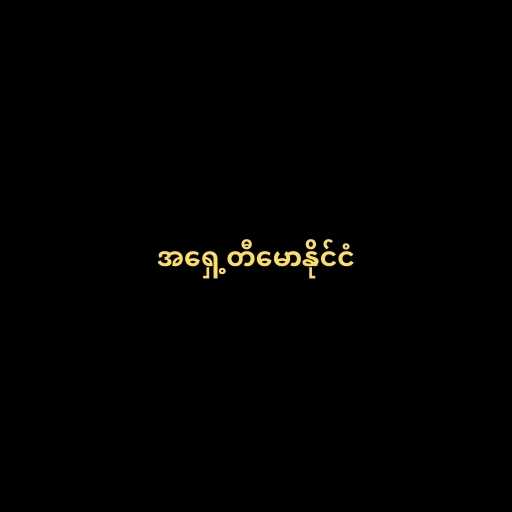
အရှေ့တီမောနိုင်ငံ